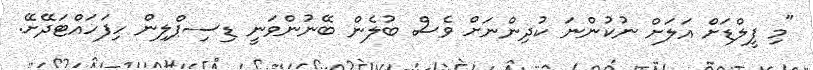
"މި ފީލްޑަށް އަލަށް ނުކުންނަ ކުދިންނަށް ވެސް ބުލެން ބޭނުންވަނީ ޑިސިޕްލިން ހިފަހައްޓަދޭށޭ.